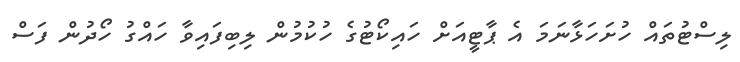
ލިސްޓުތައް ހުށަހަޅާނަމަ އެ ޕާޓީއަށް ހައިކޯޓުގެ ހުކުމުން ލިބިފައިވާ ހައްގު ހޯދުން ފަސް